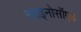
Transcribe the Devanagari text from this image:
साइनोसॉएड